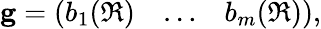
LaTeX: \mathbf{g}=\left(\begin{array}{ccc}{b_{1}(\mathfrak{R})}&{\ldots}&{b_{m}(\mathfrak{R})}\end{array}\right),